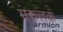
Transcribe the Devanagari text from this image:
मरुत्तक